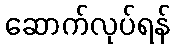
ဆောက်လုပ်ရန်